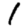
Digit: 1